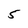
Character: 5